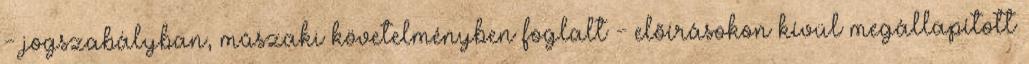
- jogszabályban, mûszaki követelményben foglalt - elõírásokon kívül megállapított